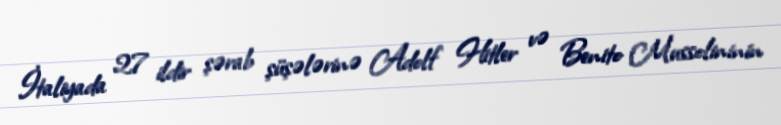
İtaliyada 27 ildir şərab şüşələrinə Adolf Hitler və Benito Mussolininin